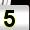
Digit: 5